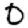
Digit: 0